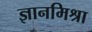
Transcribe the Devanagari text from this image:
ज्ञानमिश्रा